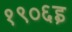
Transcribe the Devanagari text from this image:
१९०६इ